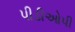
પીડીઓપી